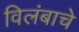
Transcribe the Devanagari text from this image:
विलंबाचे